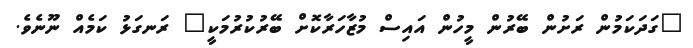
"ގަދަކަމުން ރަށުން ބޭރުން މީހުން އައިސް މުޒާހަރާކޮށް ބޭރުކުރުމަކީ" ރަނގަޅު ކަމެއް ނޫނެވެ.